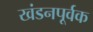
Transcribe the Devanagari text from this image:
खंडनपूर्वक